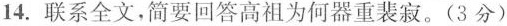
14.联系全文，简要回答高祖为何器重裴寂。（3 分）